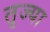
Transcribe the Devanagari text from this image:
तृज्या